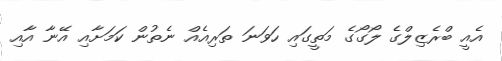
އެއީ ބްރެޒިލްގެ ލޯގޯގެ މަތީގައި ހަވަނަ ތަރިއެއް ނެތުން ކަމަށާއި އޭނާ އާއި